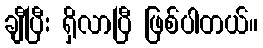
ချီပြီး ရှိလာပြီ ဖြစ်ပါတယ်။